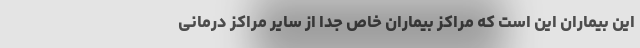
این بیماران این است که مراکز بیماران خاص جدا از سایر مراکز درمانی